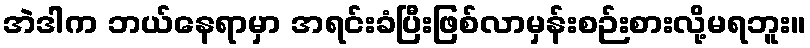
အဲဒါက ဘယ်နေရာမှာ အရင်းခံပြီးဖြစ်လာမှန်းစဉ်းစားလို့မရဘူး။